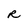
Character: R